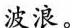
波浪。